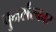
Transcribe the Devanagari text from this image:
पुनर्संस्कार